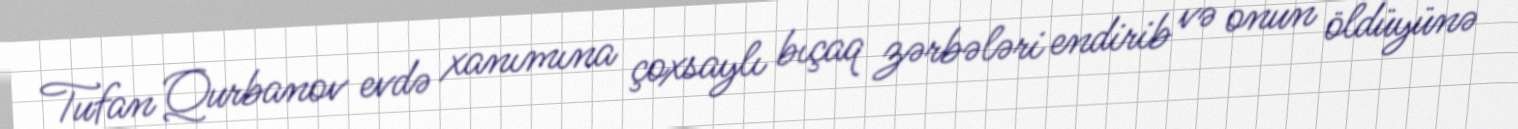
Tufan Qurbanov evdə xanımına çoxsaylı bıçaq zərbələri endirib və onun öldüyünə